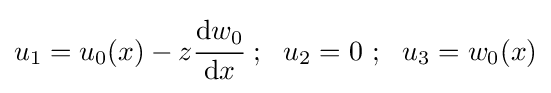
u_{1}=u_{0}(x)-z{\cfrac {\mathrm {d} w_{0}}{\mathrm {d} x}}~;~~u_{2}=0~;~~u_{3}=w_{0}(x)